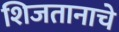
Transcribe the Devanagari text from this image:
शिजतानाचे